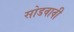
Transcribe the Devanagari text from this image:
सोडवावी